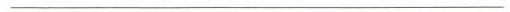
_______________________